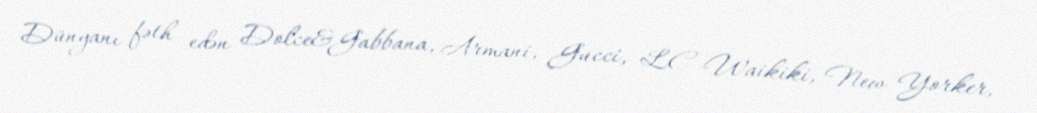
Dünyanı fəth edən Dolce&Gabbana, Armani, Gucci, LC Waikiki, New Yorker,